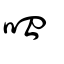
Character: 𠰘